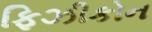
ફિઝીકોન